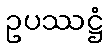
ဥပဿဋ္ဌံ